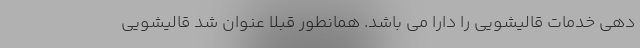
دهی خدمات قالیشویی را دارا می باشد. همانطور قبلا عنوان شد قالیشویی